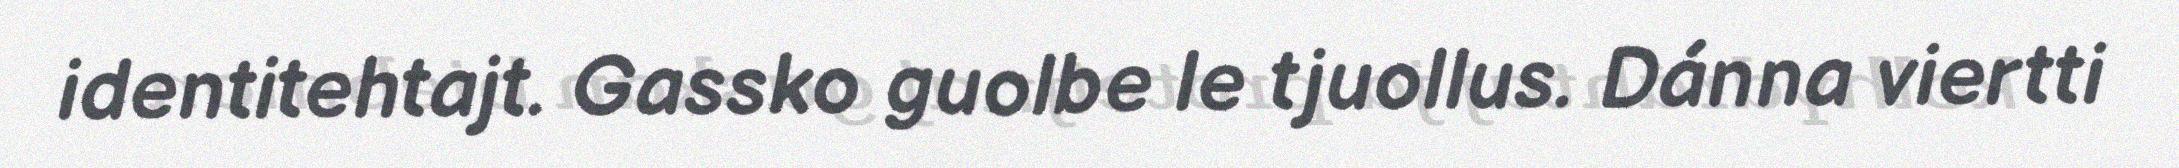
identitehtajt. Gassko guolbe le tjuollus. Dánna viertti